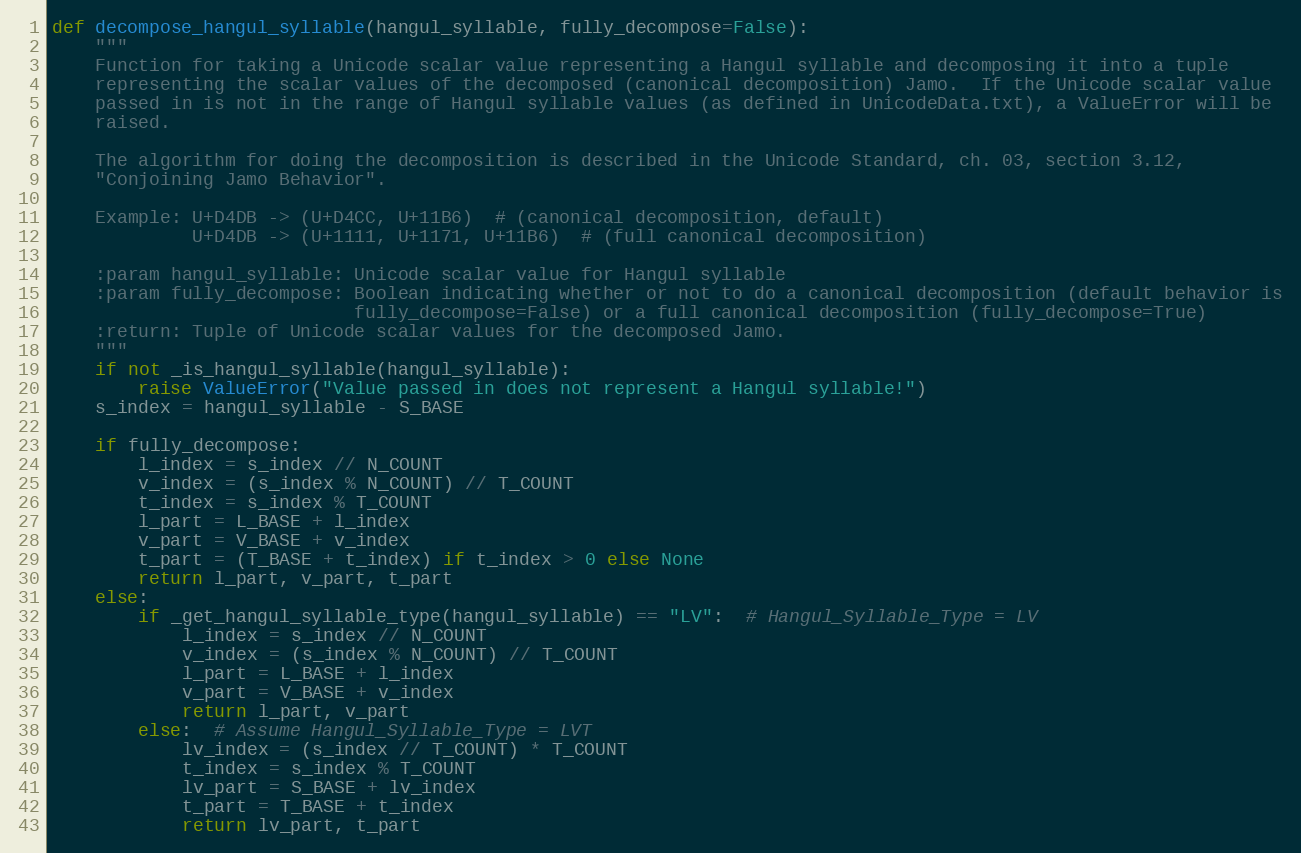
Language: Python
def decompose_hangul_syllable(hangul_syllable, fully_decompose=False):
    """
    Function for taking a Unicode scalar value representing a Hangul syllable and decomposing it into a tuple
    representing the scalar values of the decomposed (canonical decomposition) Jamo.  If the Unicode scalar value
    passed in is not in the range of Hangul syllable values (as defined in UnicodeData.txt), a ValueError will be
    raised.

    The algorithm for doing the decomposition is described in the Unicode Standard, ch. 03, section 3.12,
    "Conjoining Jamo Behavior".

    Example: U+D4DB -> (U+D4CC, U+11B6)  # (canonical decomposition, default)
             U+D4DB -> (U+1111, U+1171, U+11B6)  # (full canonical decomposition)

    :param hangul_syllable: Unicode scalar value for Hangul syllable
    :param fully_decompose: Boolean indicating whether or not to do a canonical decomposition (default behavior is
                            fully_decompose=False) or a full canonical decomposition (fully_decompose=True)
    :return: Tuple of Unicode scalar values for the decomposed Jamo.
    """
    if not _is_hangul_syllable(hangul_syllable):
        raise ValueError("Value passed in does not represent a Hangul syllable!")
    s_index = hangul_syllable - S_BASE

    if fully_decompose:
        l_index = s_index // N_COUNT
        v_index = (s_index % N_COUNT) // T_COUNT
        t_index = s_index % T_COUNT
        l_part = L_BASE + l_index
        v_part = V_BASE + v_index
        t_part = (T_BASE + t_index) if t_index > 0 else None
        return l_part, v_part, t_part
    else:
        if _get_hangul_syllable_type(hangul_syllable) == "LV":  # Hangul_Syllable_Type = LV
            l_index = s_index // N_COUNT
            v_index = (s_index % N_COUNT) // T_COUNT
            l_part = L_BASE + l_index
            v_part = V_BASE + v_index
            return l_part, v_part
        else:  # Assume Hangul_Syllable_Type = LVT
            lv_index = (s_index // T_COUNT) * T_COUNT
            t_index = s_index % T_COUNT
            lv_part = S_BASE + lv_index
            t_part = T_BASE + t_index
            return lv_part, t_part